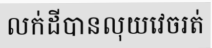
លក់ដីបានលុយវេចរត់